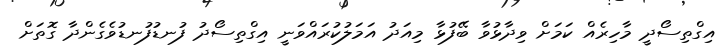
އިގްތިސޯދީ މާހިރެއް ކަމަށް ވިދާޅުވާ ބޭފުޅާ މިއަދު އަމަލުކުރައްވަނީ އިގްތިސޯދު ފުނޑުފުނޑުވެގެންދާ ގޮތަށް